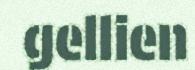
gellien